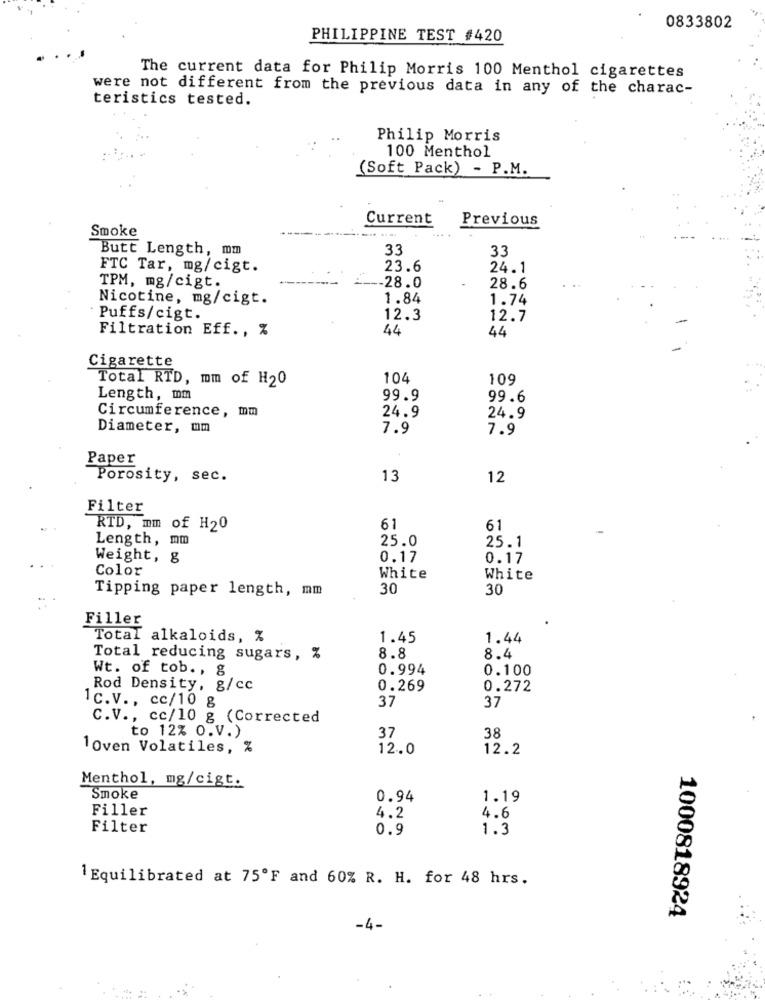
0833802
PHILIPPINE TEST #420
The current data for Philip Morris 100 Menthol cigarettes
were not different from the previous data in any of the charac-
teristics tested.
Philip Morris
100 Menthol
(Soft Pack) - P.M.
Current
Previous
Smoke
Butt Length, mm
33
33
FTC Tar, mg/cigt.
23.6
24.1
TPM, mg/cigt.
28.0
28.6
Nicotine, mg/cigt.
1.84
1.74
Puffs/cigt.
12.3
12.7
Filtration Eff ., %
44
44
Cigarette
Total RTD, mm of H20
104
109
Length, mm
99.9
99.6
Circumference, mm
24.9
24.9
Diameter, mm
7.9
7.9
Paper
Porosity, sec.
13
12
Filter
RTD, mm of H20
61
61
Length, mm
25.0
25.1
Weight, g
0.17
0.17
Color
White
White
Tipping paper length, mm
30
30
Filler
Total alkaloids, %
1.45
1.44
8.4
Total reducing sugars, %
8.8
Wt. of tob. , g
0.994
0.100
Rod Density, g/cc
0.269
0.272
1c.V ., cc/10 g
37
37
C.V ., cc/10 g (Corrected
38
to 12% O.V.)
37
1 Oven Volatiles, %
12.0
12.2
Menthol, mg/cigt.
Smoke
0.94
1.19
Filler
4.2
4.6
Filter
0.9
1.3
1 Equilibrated at 75ºF and 60% R. H. for 48 hrs.
1000818924
-4-